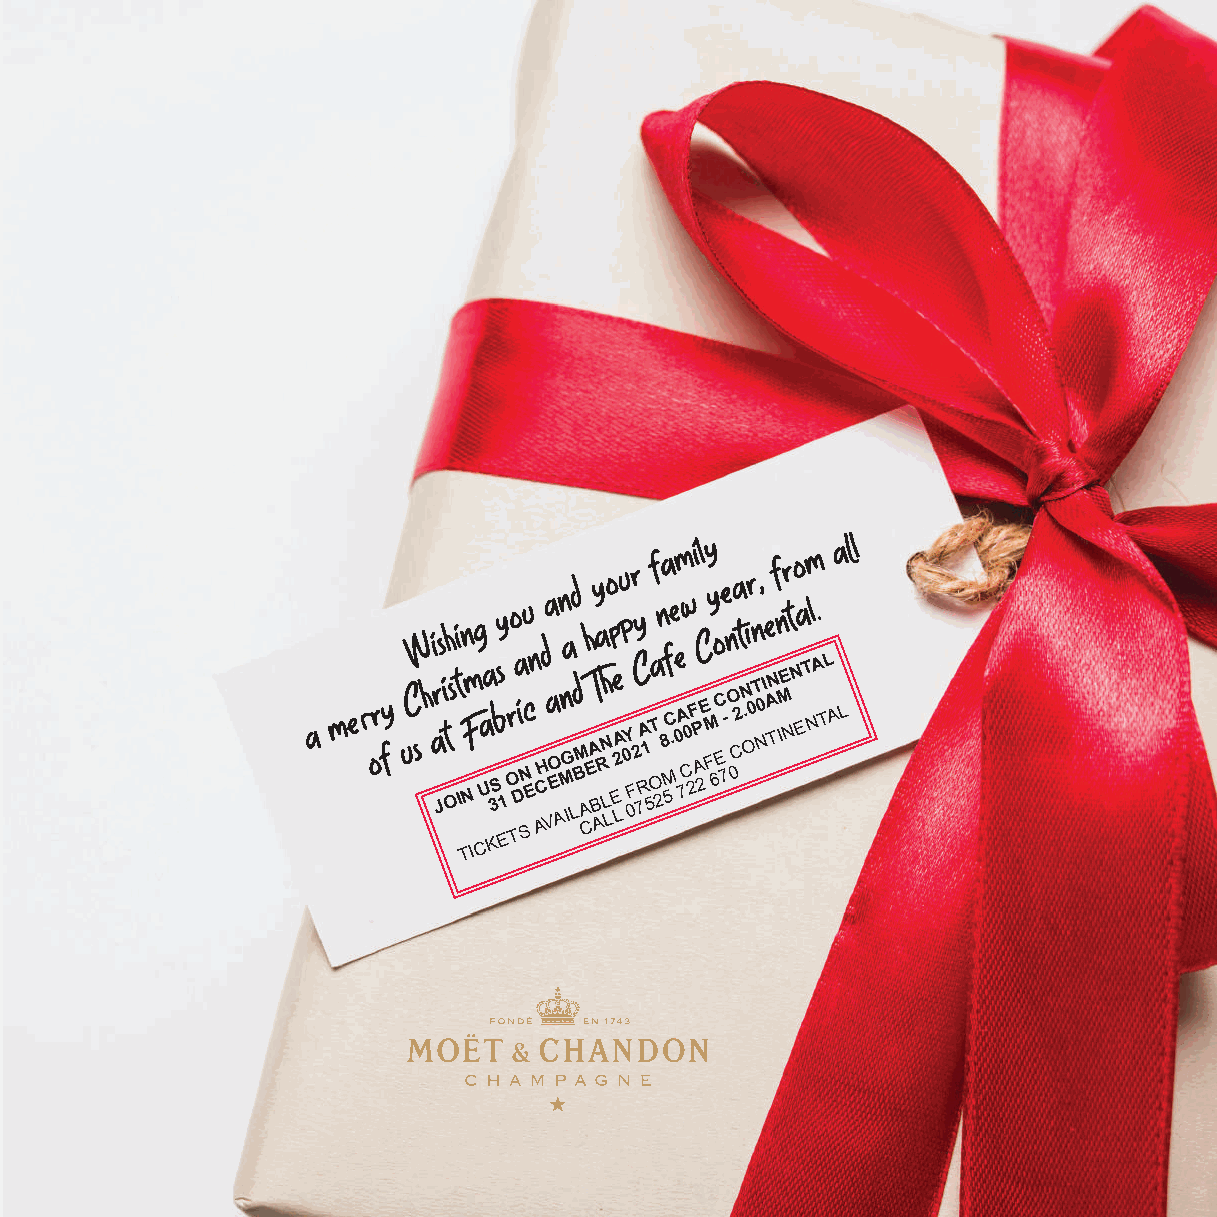
J OI TN
 I
 CU K3S E1 O TD SN E
 ACH VEO AMG ILBM
 A
 CEA
 B
 ARN
 L
 L
 E
 LA 2 0Y 0F2 7RA 1
 5O
 T
 2
 8
 M
 5C . 0 A 7C0 2F AP 2E FM
 6EC
 7-
 O 0C2N
 .
 O0T N0I AN TIME NN ET NA TL
 A L